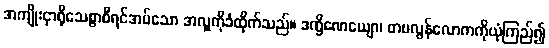
အကျိုးငှာရိုသေစွာစီရင်အပ်သော အလှူကိုခံထိုက်သည်။ ဒက္ခိဏေယျော၊ တမလွန်လောကကိုယုံကြည်၍